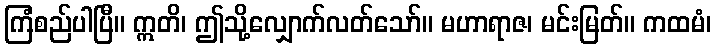
ကြံစည်ပါပြီ။ ဣတိ၊ ဤသို့လျှောက်လတ်သော်။ မဟာရာဇ၊ မင်းမြတ်။ ကထမံ၊